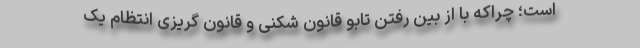
است؛ چراکه با از بین رفتن تابو قانون شکنی و قانون گریزی انتظام یک